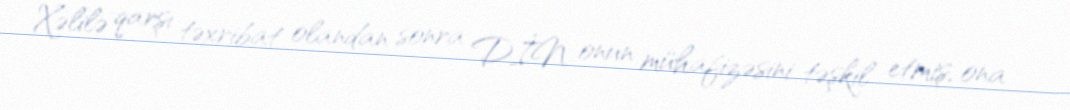
Xəlilə qarşı təxribat olandan sonra DİN onun mühafizəsini təşkil etmiş, ona